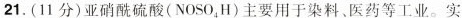
21.(11分)亚硝酰硫酸(NOSO{4}，H)主要用于染料、医药等工业。实